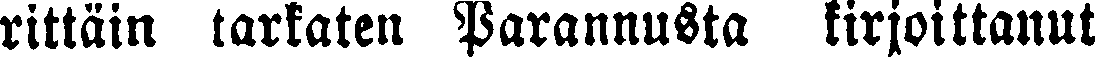
rittäin tarkaten Parannusta kirjoittanut